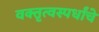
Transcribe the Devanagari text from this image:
वक्तृत्वस्पर्धांचे